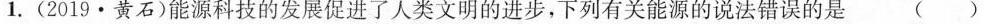
1.(2019·黄石)能源科技的发展促进了人类文明的进步，下列有关能源的说法错误的是()